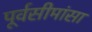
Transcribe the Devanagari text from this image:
पूर्वसीमांसा